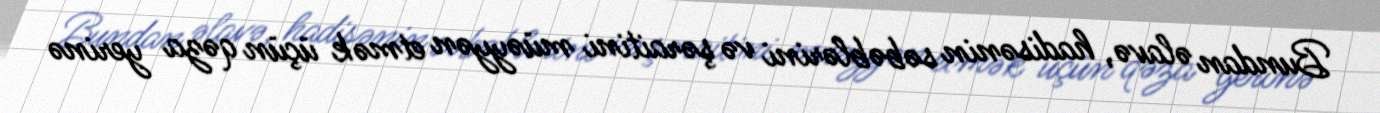
Bundan əlavə, hadisənin səbəblərini və şəraitini müəyyən etmək üçün qəza yerinə